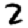
Digit: 2